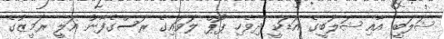
ޝަލަބީ އާއި ޝަލަބީގެ އަޑަކީ ދިވެހި ޕޮޕް ލަވައިގެ ރަސްގެފާނު އަލީ ރަމީޒުގެ